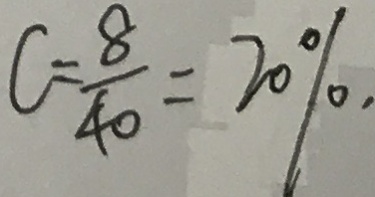
C = \frac { 8 } { 4 0 } = 2 0 \%